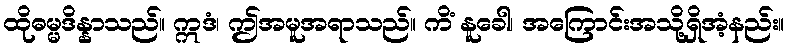
ထိုဓမ္မဒိန္နာသည်။ ဣဒံ၊ ဤအမူအရာသည်။ ကိံ နူခေါ၊ အကြောင်းအသို့ရှိအံ့နည်း။